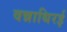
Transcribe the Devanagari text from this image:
वन्नाथिरई